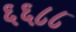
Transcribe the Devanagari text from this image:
६६८८